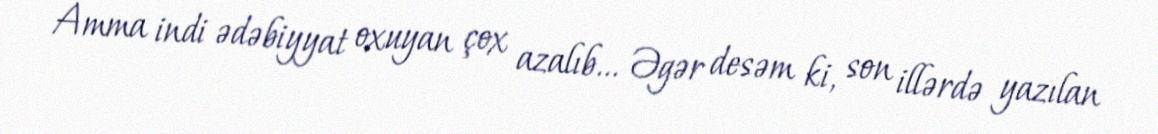
Amma indi ədəbiyyat oxuyan çox azalıb... Əgər desəm ki, son illərdə yazılan